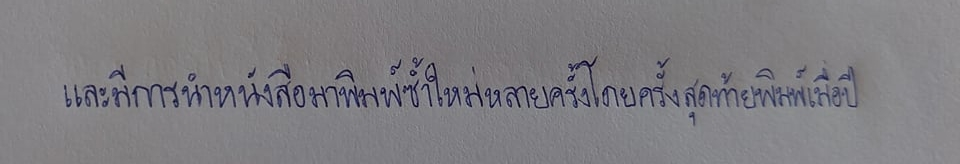
และมีการนำหนังสือมาพิมพ์ซ้ำใหม่หลายครั้งโดยครั้งสุดท้ายพิมพ์เมื่อปี